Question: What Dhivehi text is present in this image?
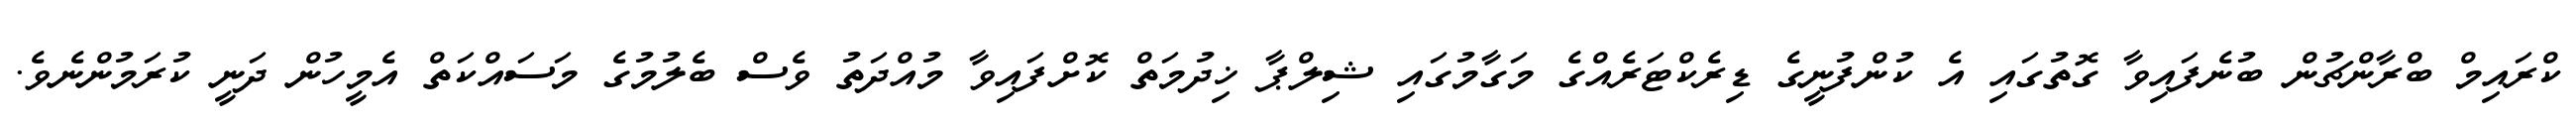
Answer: ކްރައިމް ބްރާންޗުން ބުނެފައިވާ ގޮތުގައި އެ ކުންފުނީގެ ޑިރެކްޓަރެއްގެ މަގާމުގައި ޝިލްޕާ ޚިދުމަތް ކޮށްފައިވާ މުއްދަތު ވެސް ބެލުމުގެ މަސައްކަތް އެމީހުން ދަނީ ކުރަމުންނެވެ.